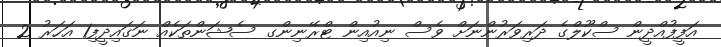
އަފީފުއްދީން ސްކޫލްގެ ދަރިވަރުންނަށް ވެސް ނިއުއިން ޓްރޭނިންގ ސެޝަންތަކެއް ނަގައިދީފި1 އަހަރު 2